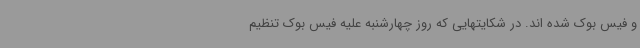
و فیس بوک شده اند. در شکایتهایی که روز چهارشنبه علیه فیس بوک تنظیم